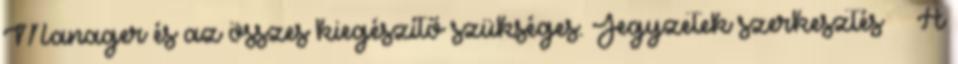
Manager és az összes kiegészítő szükséges. Jegyzetek szerkesztés ↑ A